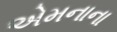
એમનાના